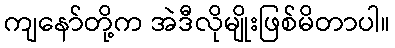
ကျနော်တို့က အဲဒီလိုမျိုးဖြစ်မိတာပါ။